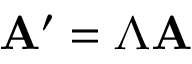
\mathbf { A } ^ { \prime } = { \boldsymbol { \Lambda } } \mathbf { A }